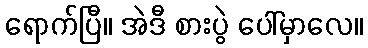
ရောက်ပြီ။ အဲဒီ စားပွဲ ပေါ်မှာလေ။